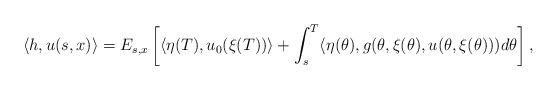
LaTeX: \begin{align*}\langle h,u(s,x)\rangle=E_{s,x}\left[\langle\eta(T),u_0(\xi(T))\rangle +\int_s^T\langle\eta(\theta),g(\theta,\xi(\theta), u(\theta,\xi(\theta)))d\theta\right],\end{align*}